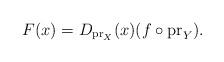
LaTeX: \begin{align*}F(x) = D_{\mathrm{pr}_{X}}(x)(f \circ \mathrm{pr}_{Y}).\end{align*}